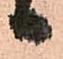
日